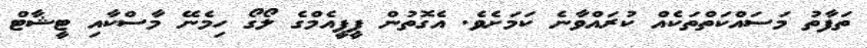
ތަފާތު މަސައްކަތްތަކެއް ކުރައްވާނެ ކަމަށެވެ. އެގޮތުން ޕީޕީއެމްގެ ލޯގޯ ހިމެނޭ މާސްކާއި ޓީޝާޓް